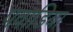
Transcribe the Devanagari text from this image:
पवाडिया